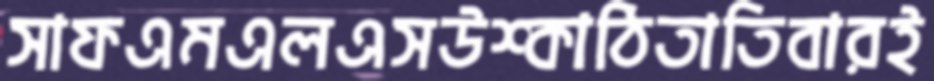
সাফএমএলএসউশ্কাঠিতাতিবারই